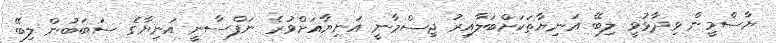
ޔާސްމީން ވިދާޅުވީ ލިބޭ އަނިޔާތަކަށްބަލާއިރު ޖިސްމާނީ އަނިޔާއަށްވުރެ ނަފްސާނީ އަނިޔާގެ ސަބަބުން ލިބޭ